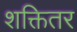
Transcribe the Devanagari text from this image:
शक्तितर